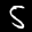
Label: 5